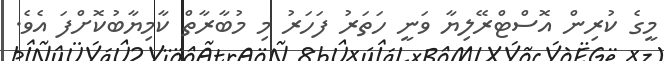
މީގެ ކުރިން އޮސްޓްރޭލިޔާ ވަނީ ހަތަރު ފަހަރު މި މުބާރާތް ކާމިޔާބުކޮށްފަ އެވެ.